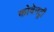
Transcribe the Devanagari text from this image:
कोवेनट्री